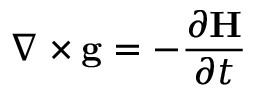
\nabla \times \mathbf { g } = - { \frac { \partial \mathbf { H } } { \partial t } } \,